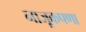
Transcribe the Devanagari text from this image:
नाजूकपणा